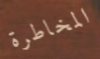
المخاطرة